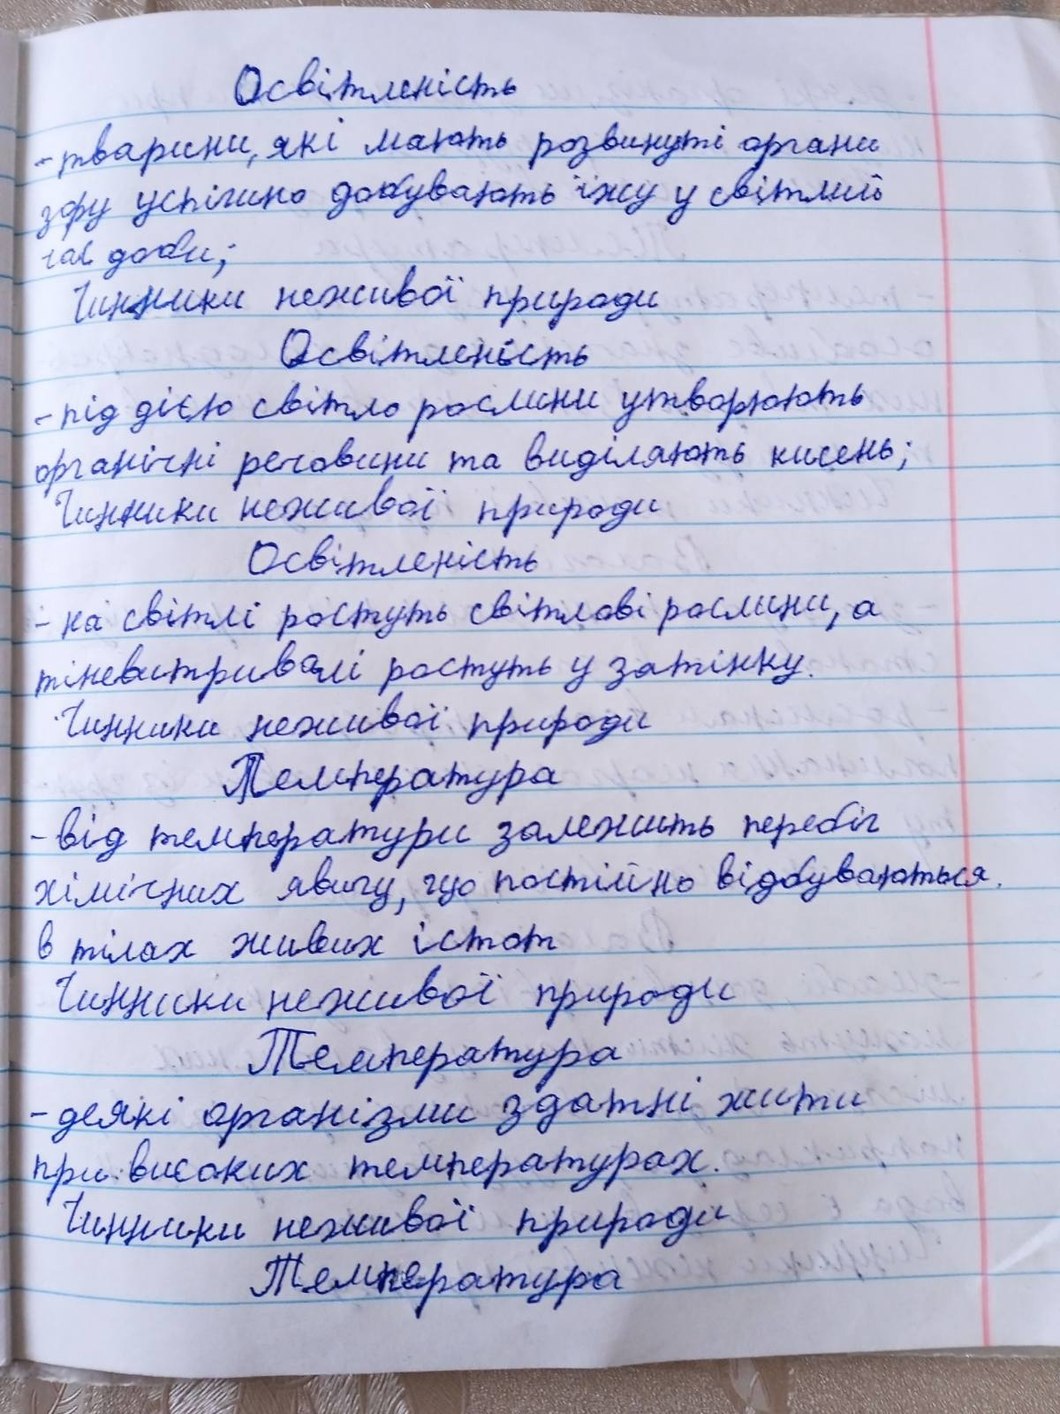
Освітленість
- тварини, які мають розвинуті органи
зору успішно добувають їжу у світлий
час доби;
Чинники неживої природи
Освітленість
- під дією світло рослини утворюють
органічні речовини та виділяють кисень;
Чинники неживої природи
Освітленість
- на світлі ростуть світлові рослини, а
тіневитривалі ростуть у затінку.
Чинники неживої природи
Температура
- від температури залежить перебіг
хімічних явищ, що постійно відбуваються.
в тілах живих істот
Чинники неживої природи
Температура
- деякі організми здатні жити
при високих температурах.
Чинники неживої природи
Температура